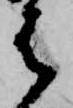
は